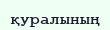
қуралының